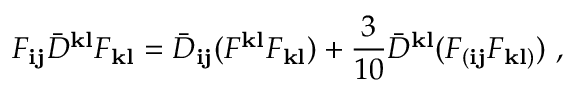
F _ { { \mathbf i } { \mathbf j } } { \bar { D } } ^ { { \mathbf k } { \mathbf l } } F _ { { \mathbf k } { \mathbf l } } = { \bar { D } } _ { { \mathbf i } { \mathbf j } } ( F ^ { { \mathbf k } { \mathbf l } } F _ { { \mathbf k } { \mathbf l } } ) + \frac { 3 } { 1 0 } { \bar { D } } ^ { { \mathbf k } { \mathbf l } } ( F _ { ( { \mathbf i } { \mathbf j } } F _ { { \mathbf k } { \mathbf l } ) } ) \ ,